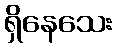
ရှိနေသေး